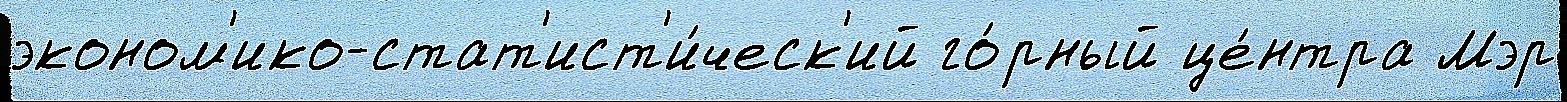
эконом'ико-стат'ист'и́ческ'ий го́рный це́нтра Мэр